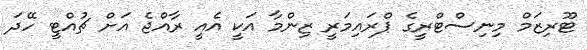
ޓޫރިޒަމް މިނިސްޓްރީގެ ޕްރައިމަރީ ޒިންމާ އަކީ އެއީ ރާއްޖެ އަށް ޗުއްޓީ ހޭދަ